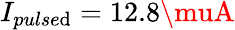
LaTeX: I_{pulse\mathrm{d}}=12.8\muA